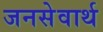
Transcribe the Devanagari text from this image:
जनसेवार्थ